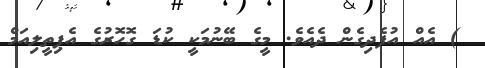
) އެއް އުފެދިގެން ދެއެވެ. މީގެ ބޭނުމަކީ ކުޑަ ގޮހޮރުގެ އެޕިތީލިއަމް